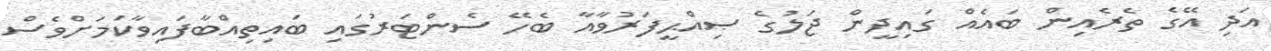
އަދި އޭގެ ތެރެއިން ބައެއް ގައިދީން ޖަލުގެ ޞިއްޙީފަރުވާއާ ބެހޭ ސެންޓަރުގައި ބައިތިއްބާފައިވާކަމަށްވެސް